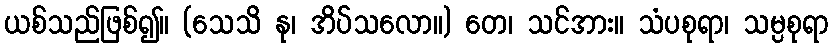
ယစ်သည်ဖြစ်၍။ (သေသိ နု၊ အိပ်သလော။) တေ၊ သင်အား။ သံပစုရာ၊ သမ္ပစုရာ